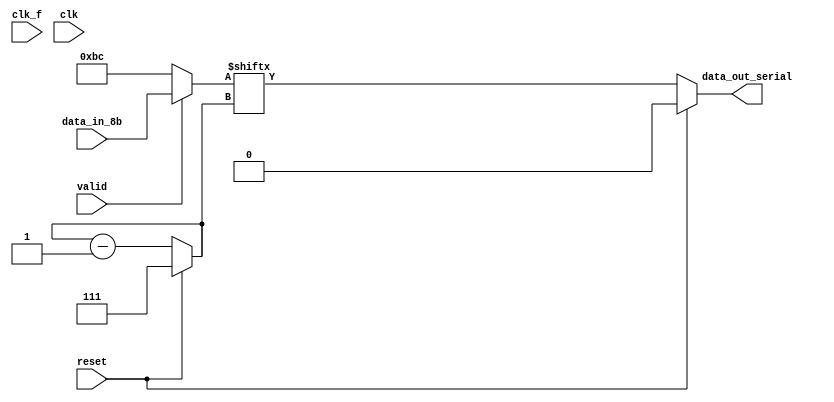
module parallel_serial(
    input clk_f, clk, valid, reset,
    input [7:0] data_in_8b,
    output reg data_out_serial
);

reg [2:0] counter;
reg [7:0] data_bus;

always @(clk_f) begin
    if (~valid) begin
        data_bus <= 8'hBC;
    end
    else begin
        data_bus <= data_in_8b;    
    end
end

always @(clk) begin
    if (reset) begin
        counter <= 3'b111;
        data_out_serial <= 0;
    end
    else begin
        data_out_serial <= data_bus[counter];
        counter <= counter-1;
    end    
end

endmodule